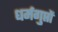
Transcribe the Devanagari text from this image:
धर्मगुप्तों